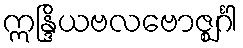
ဣန္ဒြိယဗလဗောဇ္ဈင်္ဂါ